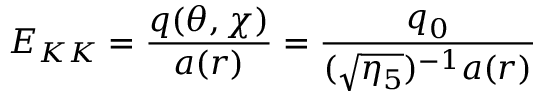
E _ { K K } = \frac { q ( \theta , \chi ) } { a ( r ) } = \frac { q _ { 0 } } { ( \sqrt { \eta _ { 5 } } ) ^ { - 1 } a ( r ) }